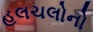
હલચલોનો